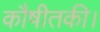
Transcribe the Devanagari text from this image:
कौषीतकी।